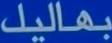
بهاليل